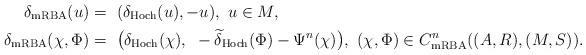
LaTeX: \begin{align*}\delta_\mathrm{mRBA} (u) =~& (\delta_\mathrm{Hoch}(u), -u), ~ u \in M,\\\delta_\mathrm{mRBA} (\chi, \Phi) =~& \big( \delta_\mathrm{Hoch} (\chi), ~ - \widetilde{\delta}_\mathrm{Hoch} (\Phi) - \Psi^n (\chi) \big), ~ (\chi, \Phi) \in C^n_\mathrm{mRBA} ((A, R), (M,S)).\end{align*}